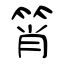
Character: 筲